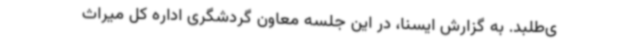
ی‌طلبد. به گزارش ایسنا، در این جلسه معاون گردشگری اداره کل میراث